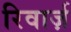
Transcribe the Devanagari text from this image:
रिवार्ज़